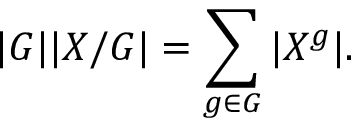
| G | | X / G | = \sum _ { g \in G } | X ^ { g } | .